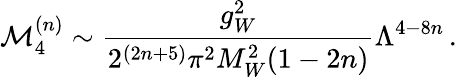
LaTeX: \mathcal{M}_{4}^{(n)}\sim\frac{g_{W}^{2}}{2^{(2n+5)}\pi^{2}M_{W}^{2}(1-2n)}\Lambda^{4-8n}\, .